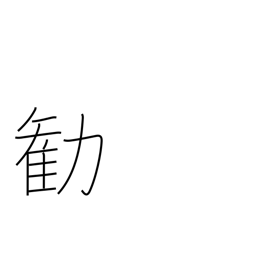
Meaning: persuade